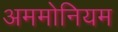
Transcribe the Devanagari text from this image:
अममोनियम